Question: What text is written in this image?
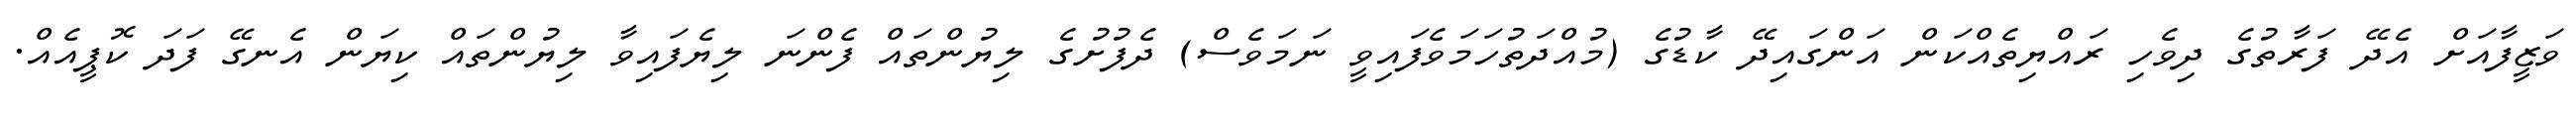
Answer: ވަޒީފާއަށް އެދޭ ފަރާތުގެ ދިވެހި ރައްޔިތެއްކަން އަންގައިދޭ ކާޑުގެ (މުއްދަތުހަމަވެފައިވީ ނަމަވެސް) ދެފުށުގެ ލިޔުންތައް ފެންނަ ލިޔެފައިވާ ލިޔުންތައް ކިޔަން އެނގޭ ފަދަ ކޮޕީއެއް.